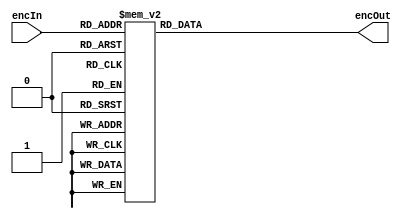
module encoder4to2(input [3:0] encIn, output reg [1:0] encOut);
	always @ (encIn)
	begin
		case(encIn)
			4'b0000:	encOut=2'bxx;
			4'b0001:	encOut=2'b00;
			4'b0011:	encOut=2'b00;
			4'b0101:	encOut=2'b00;
			4'b0111:	encOut=2'b00;
			4'b1001:	encOut=2'b00;
			4'b1011:	encOut=2'b00;
			4'b1101:	encOut=2'b00;
			4'b1111:	encOut=2'b00;
						
			4'b0010:	encOut=2'b01;
			4'b0110:	encOut=2'b01;
			4'b1010:	encOut=2'b01;
			4'b1110:	encOut=2'b01;
			
			4'b0100:	encOut=2'b10;
			4'b1100:	encOut=2'b10;
						
			4'b1000:	encOut=2'b11;
		endcase
	end
endmodule